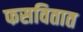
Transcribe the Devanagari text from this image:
फसवितात